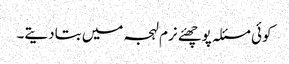
کوئی مسئلہ پوچھئے نرم لہجہ میں بتادیتے۔